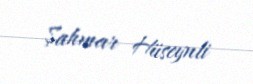
Şahmar Hüseynli